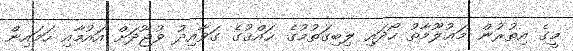
މީގެ އިތުރުން މަޢުލޫމާތު ހޯދައި ލިބިގަތުމުގެ ޙައްޤުގެ ގަވާއިދު ވުޖޫދަށް އައުމާއި ހަމައިން